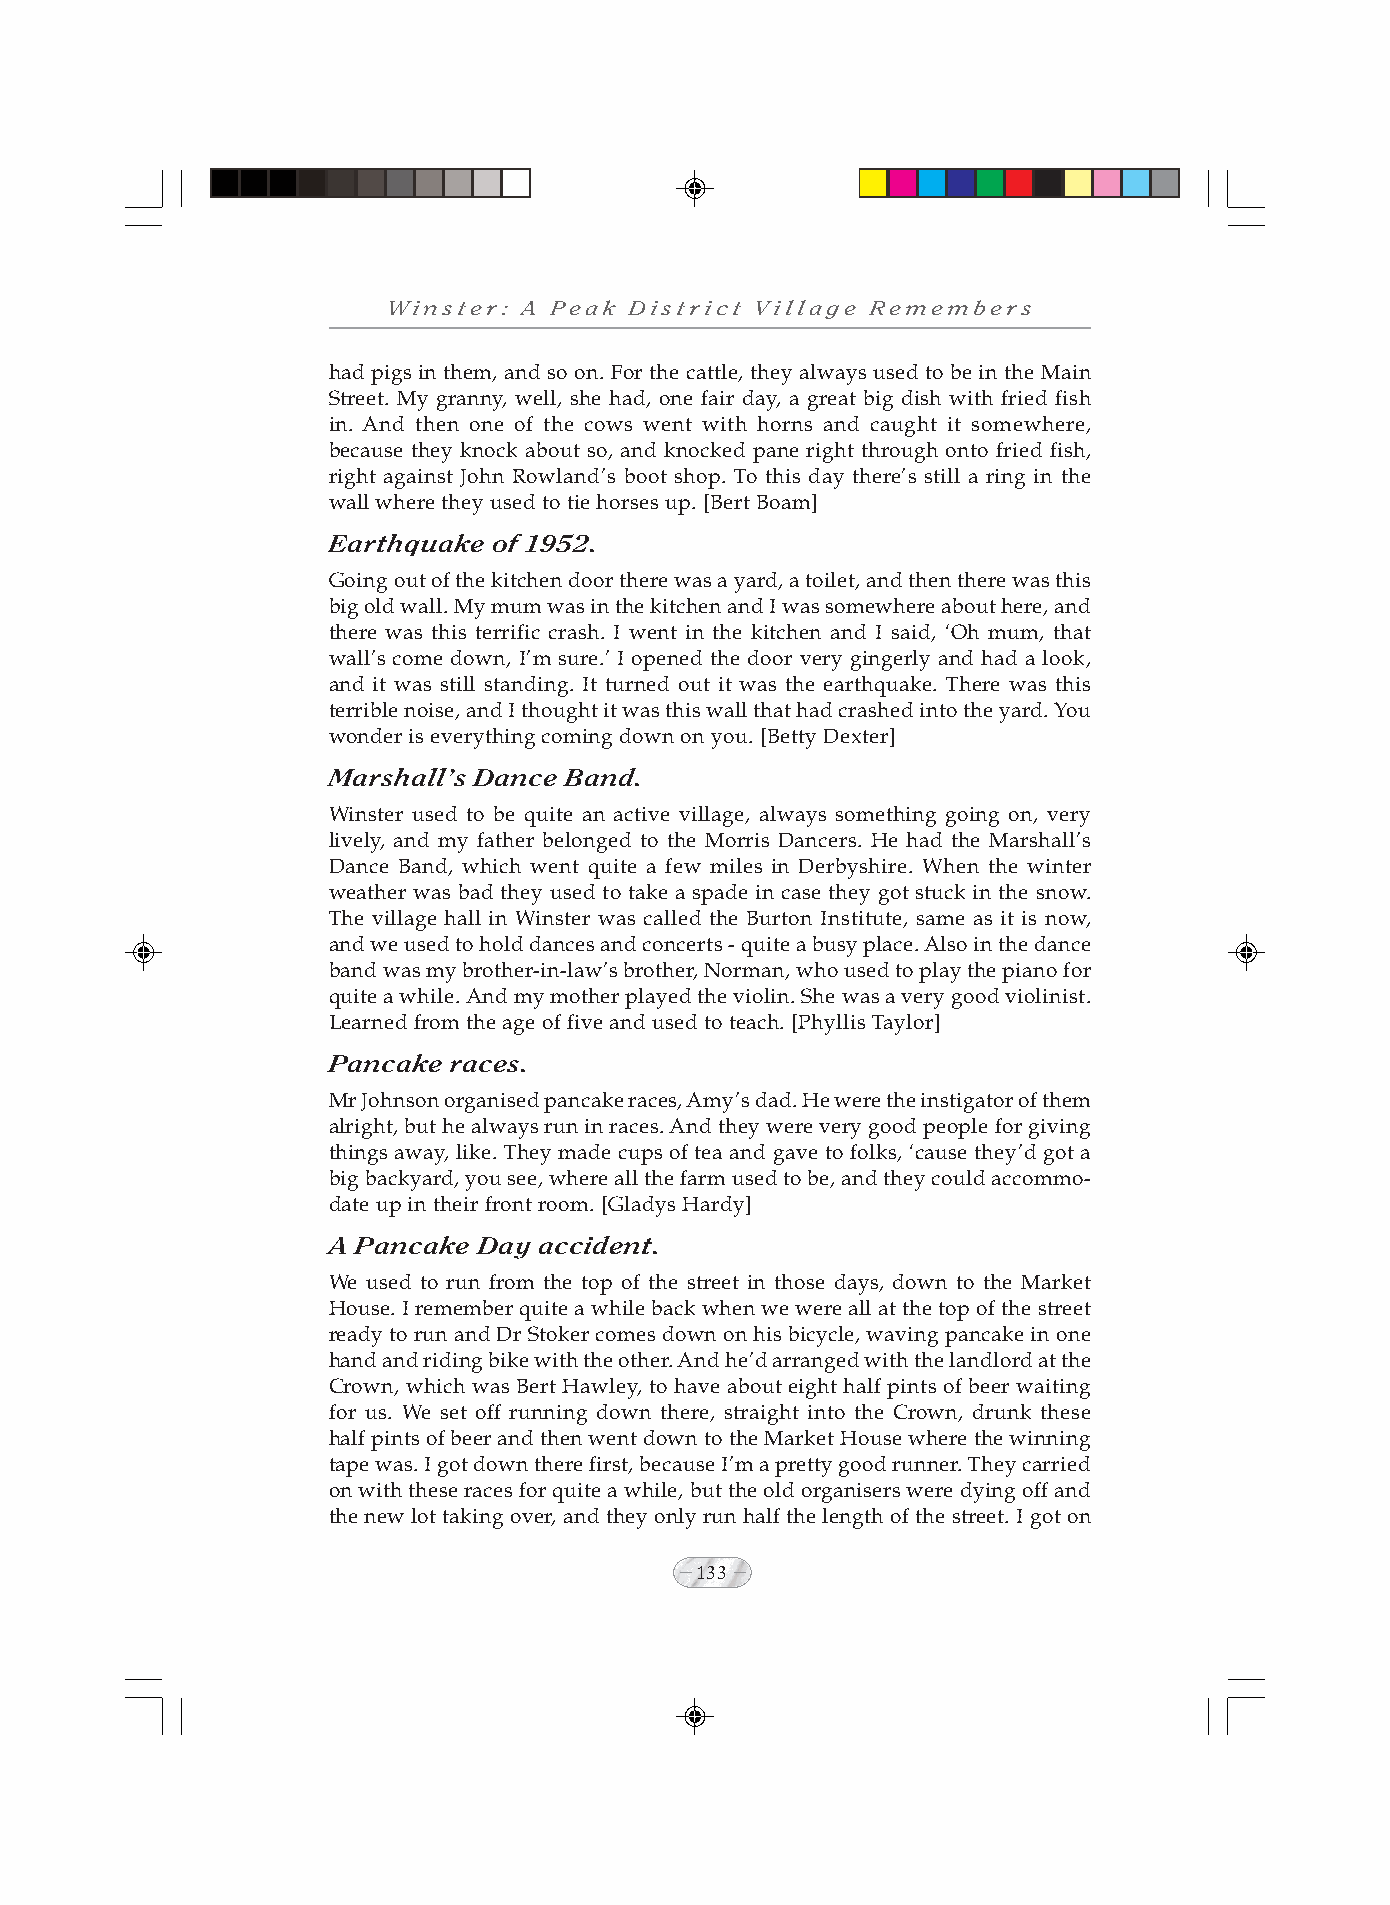
Winster: A Peak District Village Remembers
 had pigs in them, and so on. For the cattle, they always used to be in the Main
 Street. My granny, well, she had, one fair day, a great big dish with fried fish
 in. And then one of the cows went with horns and caught it somewhere,
 because they knock about so, and knocked pane right through onto fried fish,
 right against John Rowland’s boot shop. To this day there’s still a ring in the
 wall where they used to tie horses up. [Bert Boam]
 Earthquake of 1952.
 Going out of the kitchen door there was a yard, a toilet, and then there was this
 big old wall. My mum was in the kitchen and I was somewhere about here, and
 there was this terrific crash. I went in the kitchen and I said, ‘Oh mum, that
 wall’s come down, I’m sure.’ I opened the door very gingerly and had a look,
 and it was still standing. It turned out it was the earthquake. There was this
 terrible noise, and I thought it was this wall that had crashed into the yard. You
 wonder is everything coming down on you. [Betty Dexter]
 Marshall’s Dance Band.
 Winster used to be quite an active village, always something going on, very
 lively, and my father belonged to the Morris Dancers. He had the Marshall’s
 Dance Band, which went quite a few miles in Derbyshire. When the winter
 weather was bad they used to take a spade in case they got stuck in the snow.
 The village hall in Winster was called the Burton Institute, same as it is now,
 and we used to hold dances and concerts - quite a busy place. Also in the dance
 band was my brother-in-law’s brother, Norman, who used to play the piano for
 quite a while. And my mother played the violin. She was a very good violinist.
 Learned from the age of five and used to teach. [Phyllis Taylor]
 Pancake races.
 Mr Johnson organised pancake races, Amy’s dad. He were the instigator of them
 alright, but he always run in races. And they were very good people for giving
 things away, like. They made cups of tea and gave to folks, ‘cause they’d got a
 big backyard, you see, where all the farm used to be, and they could accommo-
 date up in their front room. [Gladys Hardy]
 A Pancake Day accident.
 We used to run from the top of the street in those days, down to the Market
 House. I remember quite a while back when we were all at the top of the street
 ready to run and Dr Stoker comes down on his bicycle, waving pancake in one
 hand and riding bike with the other. And he’d arranged with the landlord at the
 Crown, which was Bert Hawley, to have about eight half pints of beer waiting
 for us. We set off running down there, straight into the Crown, drunk these
 half pints of beer and then went down to the Market House where the winning
 tape was. I got down there first, because I’m a pretty good runner. They carried
 on with these races for quite a while, but the old organisers were dying off and
 the new lot taking over, and they only run half the length of the street. I got on
 133